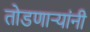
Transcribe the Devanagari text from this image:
तोडणार्‍यांनी